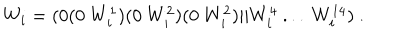
LaTeX: W _ { i } = ( 0 ( 0 ~ W _ { i } ^ { 1 } ) ( 0 ~ W _ { i } ^ { 2 } ) ( 0 ~ W _ { i } ^ { 2 } ) \vert \vert W _ { i } ^ { 4 } ~ . . . ~ W _ { i } ^ { 1 4 } ) ~ .